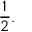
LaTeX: { \frac { 1 } { 2 } } .